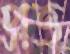
প্রত